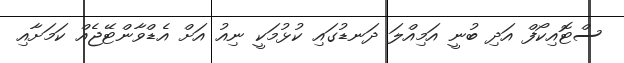
ސްޓޮއިކޯފް އަދި ބުނީ އަމިއްލަ ދަނޑުގައި ކުޅުމަކީ ނިއު އަށް އެޑްވާންޓޭޖެއް ކަމަށާއި